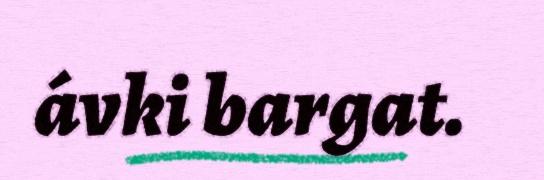
ávki bargat.